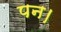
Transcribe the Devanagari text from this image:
पन।